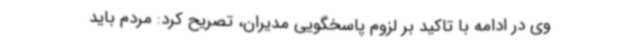
وی در ادامه با تاکید بر لزوم پاسخگویی مدیران، تصریح کرد: مردم باید